Triennial report on the lunatic asylums in the province of Eastern Bengal and Assam - 1903-1911
Year: 1903
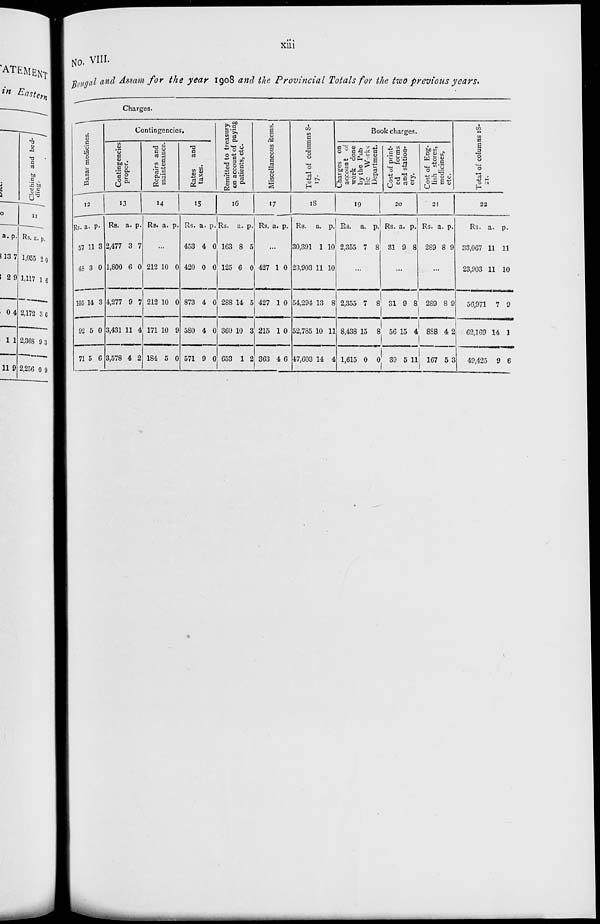
xiii
No. VIII.
Bengal and Assam for the year 1908 and the Provincial Totals for the two previous years.
Charges.
Bazar
medicines.
12
Rs.
57
48
105
92
71
a.
11
3
14
5
5
p.
3
0
3
0
6
Contingencies.
Contingencies
proper.
13
Rs.
2,477
1,800
4,277
3,431
3,578
a.
3
6
9
11
4
p.
7
0
7
4
2
Repairs and
maintenance.
14
Rs. a. p.
...
212
212
171
184
10
10
10
5
0
0
9
0
Rates
and
taxes.
15
Rs.
453
420
873
580
571
a.
4
0
4
4
9
p.
0
0
0
0
0
Remitted to treasury
on account of paying
patients, etc.
16
Rs.
163
125
288
360
653
a.
8
6
14
10
1
p.
5
0
5
3
2
Miscellaneous items.
17
Rs. a. p.
...
427
427
215
363
1
1
1
4
0
0
0
6
Total of columns 8-
17.
18
Rs.
30,391
23,903
54,294
52,785
47,603
a.
1
11
13
10
14
p.
10
10
8
11
4
Book charges.
Charges on
account of
work done
by the Pub
lie Works
Department.
19
Rs.
2,355
a.
7
p.
8
...
2,355
8,438
1,615
7
15
0
8
8
0
Cost of print-
ed
forms
and station-
ery.
20
Rs.
31
a.
9
p.
8
...
31
56
39
9
15
5
8
4
11
Cost of Eng-
lish stores,
medicines,
etc.
21
Rs.
289
a.
8
p.
9
...
289
888
167
8
4
5
9
2
3
Total of columns 18-
21.
22
Rs.
33,067
23,903
56,971
62,169
49,425
a.
11
11
7
14
9
p.
11
10
9
1
6